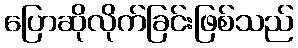
ပြောဆိုလိုက်ခြင်းဖြစ်သည်